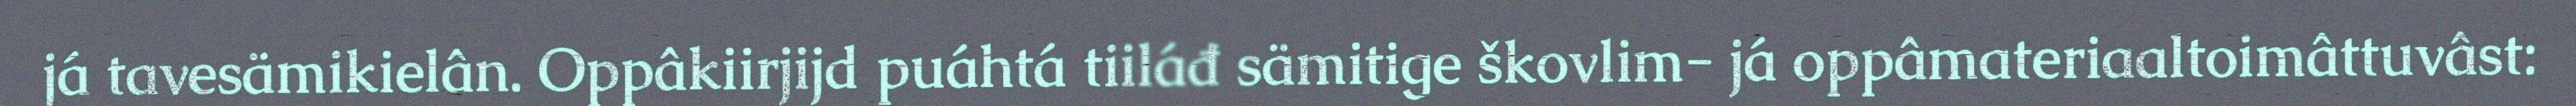
já tavesämikielân. Oppâkiirjijd puáhtá tiiláđ sämitige škovlim- já oppâmateriaaltoimâttuvâst: